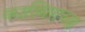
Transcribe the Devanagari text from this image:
काश्मिराच्या